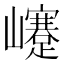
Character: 𡾰